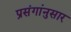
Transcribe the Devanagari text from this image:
प्रसंगांनुसार